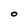
Character: O